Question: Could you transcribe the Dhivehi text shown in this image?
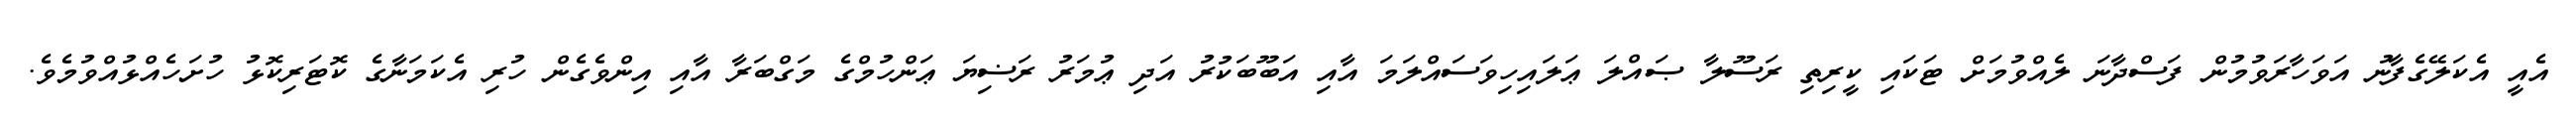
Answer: އެއީ އެކަލޭގެފާނު އަވަހާރަވުމުން ފަސްދާނަ ލެއްވުމަށް ޓަކައި ކީރިތި ރަސޫލާ ޞައްލަ ޢަލައިހިވަސައްލަމަ އާއި އަބޫބަކުރު އަދި ޢުމަރު ރަޟިޔަ ޢަންހުމްގެ މަގްބަރާ އާއި އިންވެގެން ހުރި އެކަމަނާގެ ކޮޓަރިކޮޅު ހުށަހެއްޅުއްވުމެވެ.